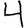
Digit: 4